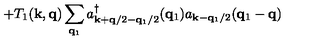
+ T _ { 1 } ( { \bf { k } } , { \bf { q } } ) \sum _ { { \bf { q } } _ { 1 } } a _ { { \bf { k } } + { \bf { q } } / 2 - { \bf { q } } _ { 1 } / 2 } ^ { \dagger } ( { \bf { q } } _ { 1 } ) a _ { { \bf { k } } - { \bf { q } } _ { 1 } / 2 } ( { \bf { q } } _ { 1 } - { \bf { q } } )